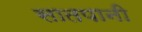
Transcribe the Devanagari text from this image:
सातपानी